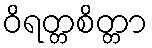
ဝိရတ္တစိတ္တာ